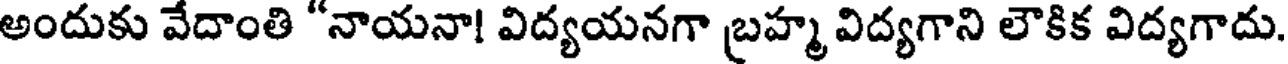
అందుకు వేదాంతి "నాయనా! విద్యయనగా బ్రహ్మ విద్యగాని లౌకిక విద్యగాదు.